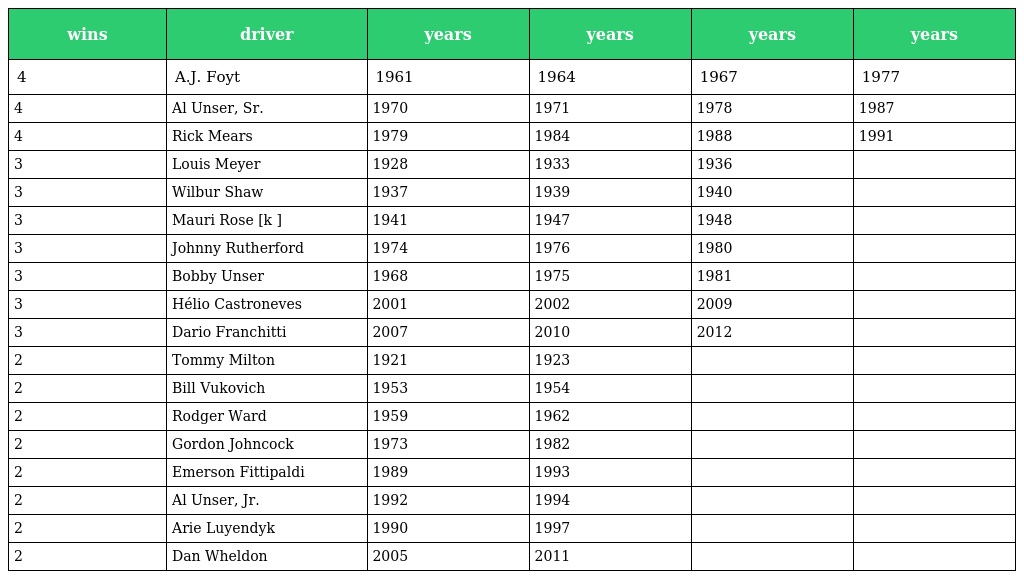
| wins | driver | years | years | years | years |
 | --- | --- | --- | --- | --- | --- |
 | 4 | A.J. Foyt | 1961 | 1964 | 1967 | 1977 |
 | 4 | Al Unser, Sr. | 1970 | 1971 | 1978 | 1987 |
 | 4 | Rick Mears | 1979 | 1984 | 1988 | 1991 |
 | 3 | Louis Meyer | 1928 | 1933 | 1936 |  |
 | 3 | Wilbur Shaw | 1937 | 1939 | 1940 |  |
 | 3 | Mauri Rose [k ] | 1941 | 1947 | 1948 |  |
 | 3 | Johnny Rutherford | 1974 | 1976 | 1980 |  |
 | 3 | Bobby Unser | 1968 | 1975 | 1981 |  |
 | 3 | Hélio Castroneves | 2001 | 2002 | 2009 |  |
 | 3 | Dario Franchitti | 2007 | 2010 | 2012 |  |
 | 2 | Tommy Milton | 1921 | 1923 |  |  |
 | 2 | Bill Vukovich | 1953 | 1954 |  |  |
 | 2 | Rodger Ward | 1959 | 1962 |  |  |
 | 2 | Gordon Johncock | 1973 | 1982 |  |  |
 | 2 | Emerson Fittipaldi | 1989 | 1993 |  |  |
 | 2 | Al Unser, Jr. | 1992 | 1994 |  |  |
 | 2 | Arie Luyendyk | 1990 | 1997 |  |  |
 | 2 | Dan Wheldon | 2005 | 2011 |  |  |